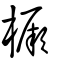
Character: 橜